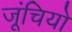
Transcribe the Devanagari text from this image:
जूंचियो